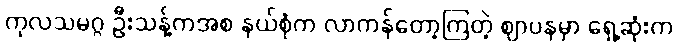
ကုလသမဂ္ဂ ဦးသန့်ကအစ နယ်စုံက လာကန်တော့ကြတဲ့ ဈာပနမှာ ရှေ့ဆုံးက